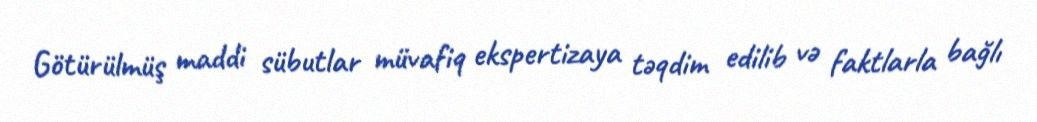
Götürülmüş maddi sübutlar müvafiq ekspertizaya təqdim edilib və faktlarla bağlı